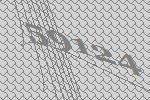
59124